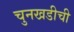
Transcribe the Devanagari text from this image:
चुनखडीची